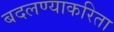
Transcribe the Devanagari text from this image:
बदलण्याकरिता